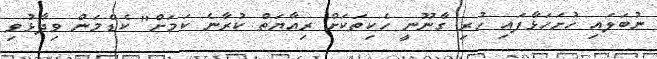
ނުބަލައި ހުށަހަޅާފައި ހުރި ގާނޫނީ ހެކިތަކަށް ރިއާޔަތް ކުރާނެ ކަމަށް" ކެޑްމަން ވިދާޅުވި